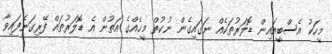
މީހަކު އެސްބީއައިން ޑޮލަރުތަކެއް ނަގައިގެން ނުކުތް މީހެއްގެ އަތުން އެ ޑޮލަރުތައް ފޭރިގަނެފައިވާ